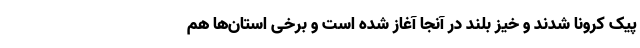
پیک کرونا شدند و خیز بلند در آنجا آغاز شده است و برخی استان‌ها هم